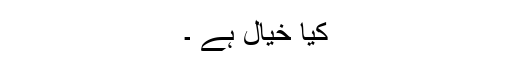
کیا خیال ہے ۔